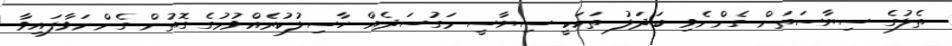
ތެލުގެ ސިޔާސަތަށް ގެންނެވި ބަދަލު ތަކަކީ ސިޔާސީ މަގުސަދެއް ހާސިލުކުރެއްވުމުގެ ގޮތުން ގެންނަވާފައިވާ